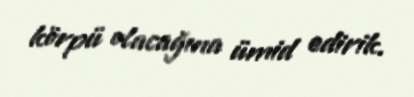
körpü olacağına ümid edirik.